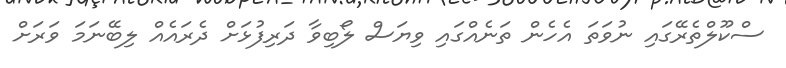
ސްކޫލްތެރޭގައި ނުވަތަ އެހެން ތަނެއްގައި ވިޔަސް ލޯބިވާ ދަރިފުޅަށް ދެރައެއް ލިބޭނަމަ ވަރަށް